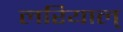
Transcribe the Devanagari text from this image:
लरियाल्